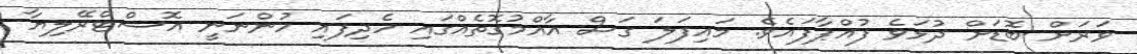
ވަރަށް ބޮޑަށް ދުޅަވެ ފުއްޕާފައެވެ. މައިފަލަ ގަސް އާއްމުގޮތެއްގައި ހެދިފައި ހުންނަނީ އޮސްޓްރޭލިޔާ